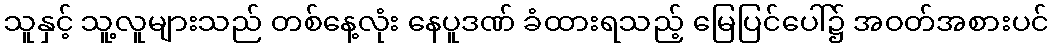
သူနှင့် သူ့လူများသည် တစ်နေ့လုံး နေပူဒဏ် ခံထားရသည့် မြေပြင်ပေါ်၌ အဝတ်အစားပင်